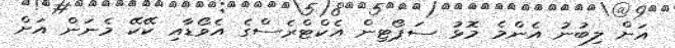
އަށް ލިބުނު އެންމެ މޮޅު ސަޕޯޓިން އެކްޓްރެސްގެ އެވޯޑާއި ކޭކޭ މެނަން އަށް